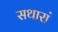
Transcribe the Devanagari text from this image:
सथारां